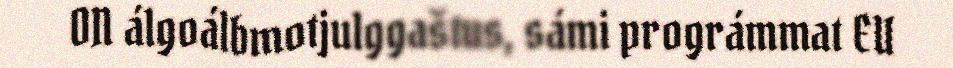
ON álgoálbmotjulggaštus, sámi prográmmat EU